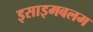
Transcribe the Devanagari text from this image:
इसाइमबलम